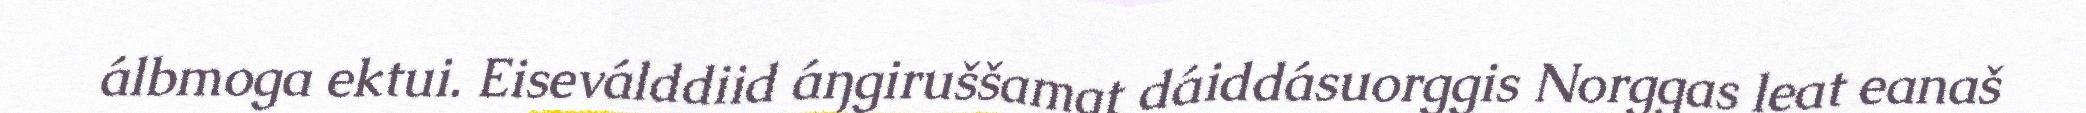
álbmoga ektui. Eiseválddiid áŋgiruššamat dáiddásuorggis Norggas leat eanaš